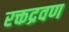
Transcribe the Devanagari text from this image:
रक्तद्रवण